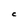
Character: C